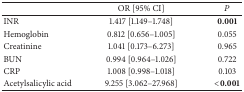
|  | OR [95% CI] | P |
 | --- | --- | --- |
 | INR | 1.417 [1.149–1.748] | 0.001 |
 | Hemoglobin | 0.812 [0.656–1.005] | 0.055 |
 | Creatinine | 1.041 [0.173–6.273] | 0.965 |
 | BUN | 0.994 [0.964–1.026] | 0.722 |
 | CRP | 1.008 [0.998–1.018] | 0.103 |
 | Acetylsalicylic acid | 9.255 [3.062–27.968] | <0.001 |